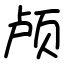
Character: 颅